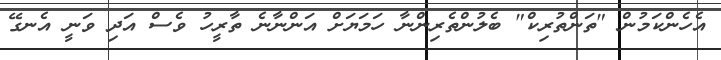
އެހެންކަމުން "ތަންތުރިކް" ބެލުންތެރިންނާ ހަމަޔަށް އަންނާނެ ތާރީހު ވެސް އަދި ވަނީ އެނގޭ